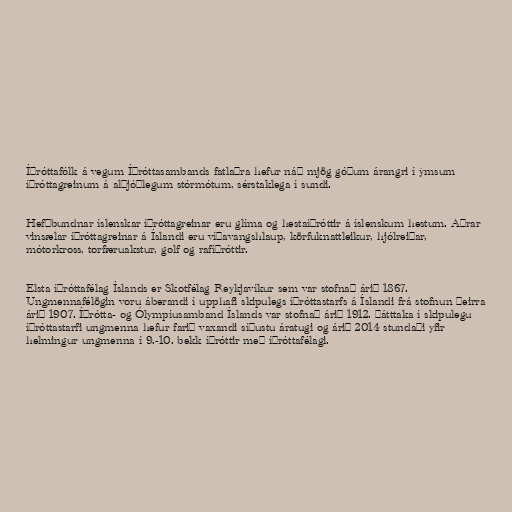
Íþróttafólk á vegum Íþróttasambands fatlaðra hefur náð mjög góðum árangri í ýmsum
íþróttagreinum á alþjóðlegum stórmótum, sérstaklega í sundi.

Hefðbundnar íslenskar íþróttagreinar eru glíma og hestaíþróttir á íslenskum hestum. Aðrar
vinsælar íþróttagreinar á Íslandi eru víðavangshlaup, körfuknattleikur, hjólreiðar,
mótorkross, torfæruakstur, golf og rafíþróttir.

Elsta íþróttafélag Íslands er Skotfélag Reykjavíkur sem var stofnað árið 1867.
Ungmennafélögin voru áberandi í upphafi skipulegs íþróttastarfs á Íslandi frá stofnun þeirra
árið 1907. Íþrótta- og Ólympíusamband Íslands var stofnað árið 1912. Þátttaka í skipulegu
íþróttastarfi ungmenna hefur farið vaxandi síðustu áratugi og árið 2014 stundaði yfir
helmingur ungmenna í 9.-10. bekk íþróttir með íþróttafélagi.